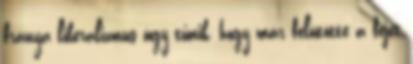
fránya liberalizmus úgy tűnik, hogy már felütötte a fejét